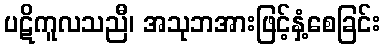
ပဋိကူလသညီ၊ အသုဘအားဖြင့်နှံ့စေခြင်း